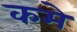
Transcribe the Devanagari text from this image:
कमे